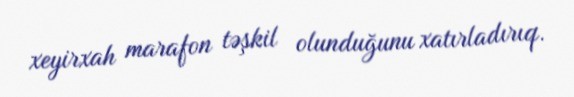
xeyirxah marafon təşkil olunduğunu xatırladırıq.